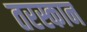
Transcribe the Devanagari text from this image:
तरस्कान